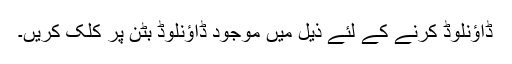
ڈاؤنلوڈ کرنے کے لئے ذیل میں موجود ڈاؤنلوڈ بٹن پر کلک کریں۔